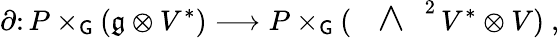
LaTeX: \partial\colon P\times_{\mathsf{G}}(\mathfrak{g}\otimes V^{*})\longrightarrow P\times_{\mathsf{G}}(\mathrm{~\Large~\wedge~}^{2}\, V^{*}\otimes V)\ ,